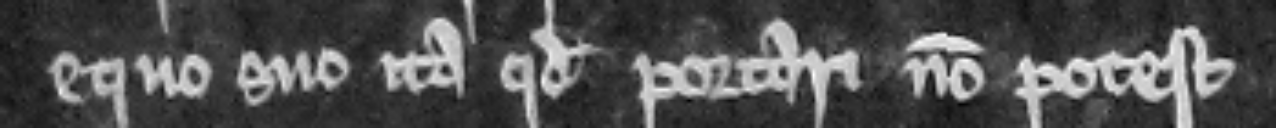
equo suo ita quod portari non potest